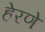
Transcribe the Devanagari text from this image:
हेरणे